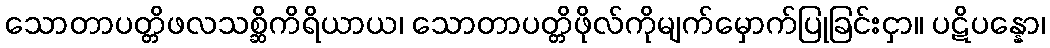
သောတာပတ္တိဖလသစ္ဆိကိရိယာယ၊ သောတာပတ္တိဖိုလ်ကိုမျက်မှောက်ပြုခြင်းငှာ။ ပဋိပန္နော၊